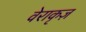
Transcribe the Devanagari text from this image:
वेराकृज़